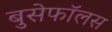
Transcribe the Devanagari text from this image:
बुसेफॉलस